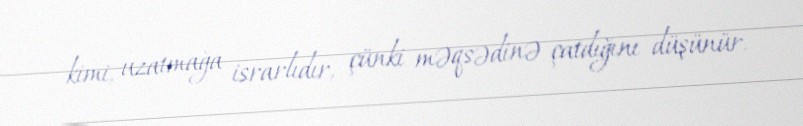
kimi, uzatmağa israrlıdır, çünki məqsədinə çatdığını düşünür.